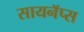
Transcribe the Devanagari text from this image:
सायनॅप्स